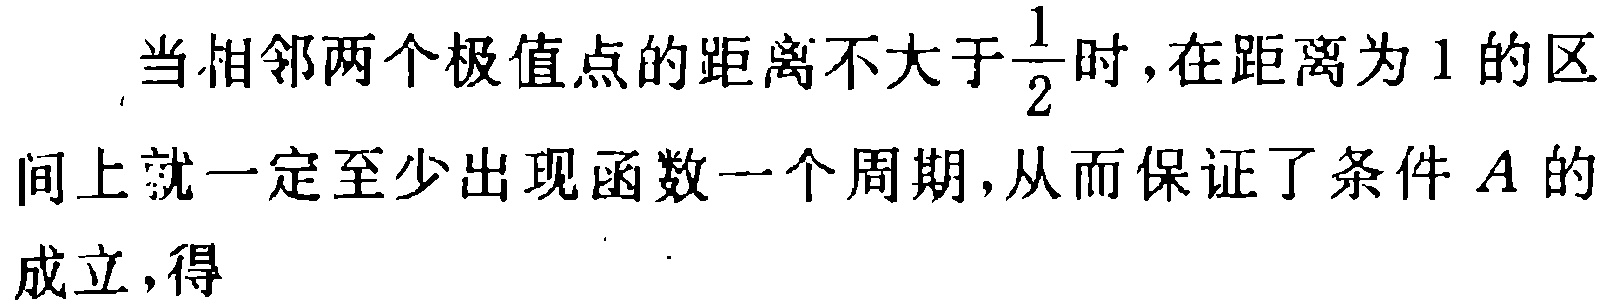
当相邻两个极值点的距离不大于$\frac{1}{2}$时，在距离为$1$的区间上就一定至少出现函数一个周期，从而保证了条件$A$的成立，得